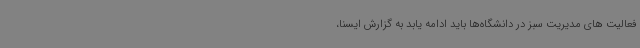
فعالیت های مدیریت سبز در دانشگاه‌ها باید ادامه یابد به گزارش ایسنا،